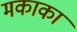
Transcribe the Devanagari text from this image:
मकाका